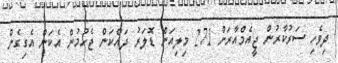
ދިވެހި ސަރުކާރުން ޖީއެމްއާރަށް 271 މިލިއަން ޑޮލަރު ދައްކަން ޖެހުމުން އެކަން އެގިގެން